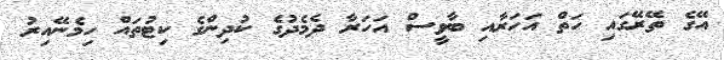
އޭގެ ތޭރޭގައި ހަތް އަހަރާއި ބާވީސް އަހަރާ ދެމެދުގެ ކުދިންގެ ކިޓުތައް ހިމެނޭއިރު